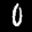
Label: 0